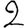
Digit: 2